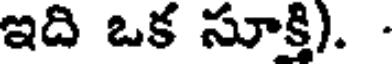
ఇది ఒక సూక్తి). -